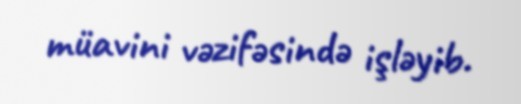
müavini vəzifəsində işləyib.